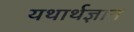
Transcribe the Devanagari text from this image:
यथार्थज्ञान